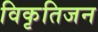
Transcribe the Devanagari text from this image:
विकृतिजन